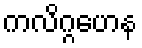
ကလိဂ္ဂဟေန